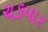
ચકયાર